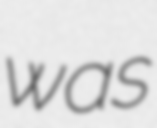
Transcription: was